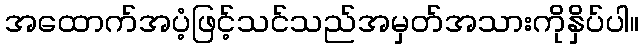
အထောက်အပံ့ဖြင့်သင်သည်အမှတ်အသားကိုနှိပ်ပါ။